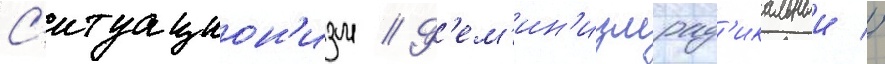
С'итуацион'изм // Ф'ем'ин'измрад'икальныи //